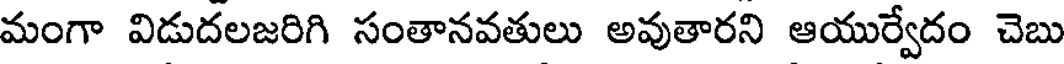
మంగా విడుదలజరిగి సంతానవతులు అవుతారని ఆయుర్వేదం చెబు